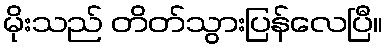
မိုးသည် တိတ်သွားပြန်လေပြီ။